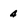
Character: 4